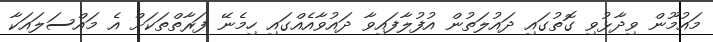
މައުމޫން ވިދާޅުވި ގޮތުގައި ދައުލަތުން އުފުލާފައިވާ ދައުވާއެއްގައި ހިމެނޭ ފަރާތްތަކަށް އެ މައްސަލައަކާ